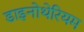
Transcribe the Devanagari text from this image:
डाइनोथेरियम